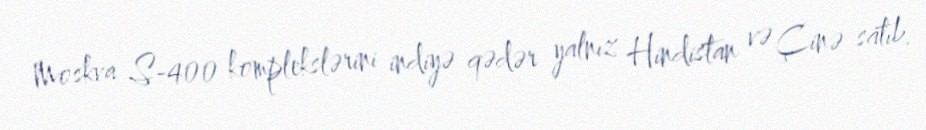
Moskva S-400 komplekslərini indiyə qədər yalnız Hindistan və Çinə satıb.